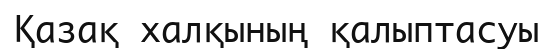
Қазақ халқының қалыптасуы